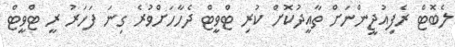
ލެބޮޓް ރެފިއުޖީންނަށް ތާއީދުކޮށް ކުރި ޓްވީޓް ދެހާހަށްވުރެ ގިނަ ފަހަރު ރީ ޓްވީޓް